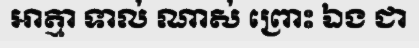
អាត្មា ទាល់ ណាស់ ព្រោះ ឯង ជា